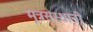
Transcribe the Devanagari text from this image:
मूत्रसंस्थानी